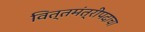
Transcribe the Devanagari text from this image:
वित्तमंत्रीपदाचा